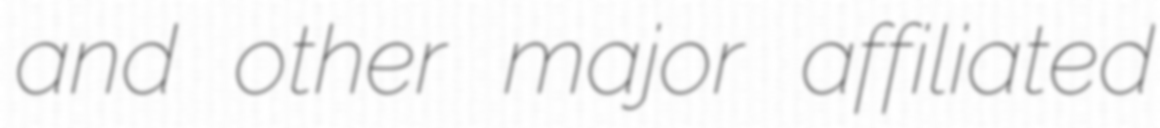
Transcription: and other major affiliated